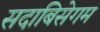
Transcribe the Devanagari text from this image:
सदाबिसेगम